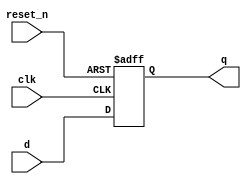
module _dff_r_async(clk, reset_n, d, q);
	
	input clk, reset_n, d; // input ports
	output q;				  // output port
	reg q;					  // reg
	
	always @(posedge clk or negedge reset_n) begin // when clk rising or reset_n falling
		if(reset_n == 0) 	q <= 1'b0; // q clear
		else 					q <= d;
		
	end
	
endmodule